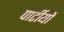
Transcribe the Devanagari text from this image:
पार्टीयों